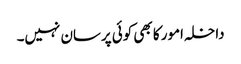
داخلہ امور کا بھی کوئی پرسان نہیں۔